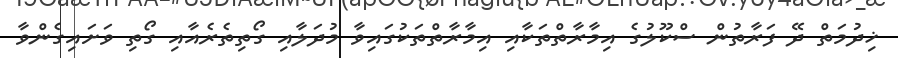
ޚިދުމަތް ދޭ ފަރާތުން ސްކޫލުގެ އިމާރާތްތަކާއި އިމާރާތްތަކުގައިވާ މުދަލާއި ގޯތިތެރެއާއި ގޯތި ވަށައިގެންވާ